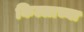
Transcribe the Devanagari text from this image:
किल्लाच्या